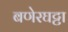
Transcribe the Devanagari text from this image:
बणेरघट्टा